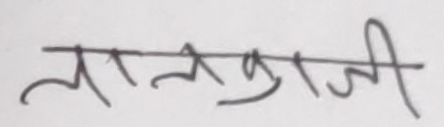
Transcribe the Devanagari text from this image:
लालकाजी